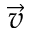
\vec { v }